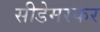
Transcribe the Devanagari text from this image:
सीडेमरकर